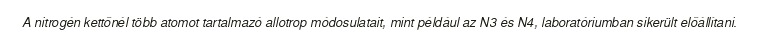
A nitrogén kettőnél több atomot tartalmazó allotrop módosulatait, mint például az N3 és N4, laboratóriumban sikerült előállítani.